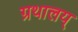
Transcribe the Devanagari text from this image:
ग्रथालय्